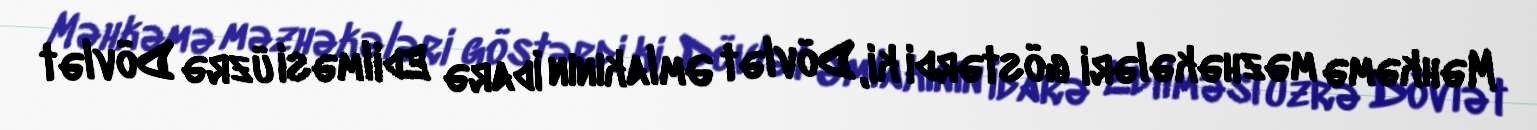
Məhkəmə məzhəkələri göstərdi ki, Dövlət Əmlakının İdarə Edilməsi üzrə Dövlət